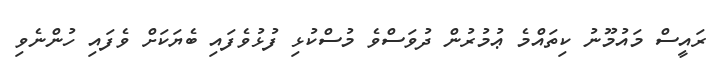
ރައީސް މައުމޫނު ކިތައްމެ ޢުމުރުން ދުވަސްވެ މުސްކުޅި ފުޅުވެފައި ބެޔަކަށް ވެފައި ހުންނެވި